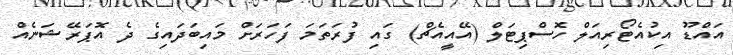
އައްޑޫ އިކުއެޓޯރިއަލް ހޮސްޕިޓަލް (އޭއީއެޗް) ގައި ފުރަތަމަ ފަހަރަށް މައިބަދައިގެ ދެ އޮޕަރޭޝަނެއް